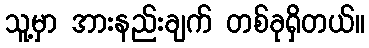
သူ့မှာ အားနည်းချက် တစ်ခုရှိတယ်။